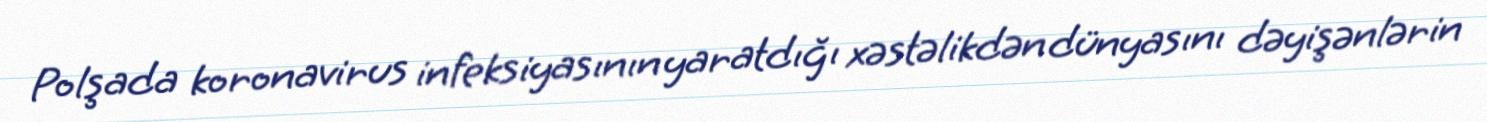
Polşada koronavirus infeksiyasının yaratdığı xəstəlikdən dünyasını dəyişənlərin